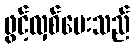
ဖွင့်လှစ်ပေးသည်